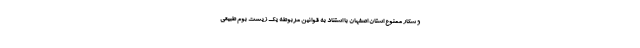
و شکار ممنوع استان اصفهان با استناد به قوانین مربوطه یک زیست بوم طبیعی